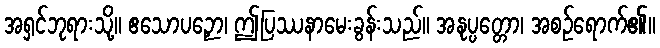
အရှင်ဘုရားသို့။ ဧသောပဉှော၊ ဤပြဿနာမေးခွန်းသည်။ အနုပ္ပတ္တော၊ အစဉ်ရောက်၏။